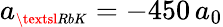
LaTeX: a_{\scriptscriptstyle\textsl{RbK}}=-450\, a_{0}